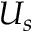
U _ { s }